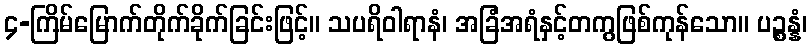
၄-ကြိမ်မြောက်တိုက်ခိုက်ခြင်းဖြင့်။ သပရိဝါရာနံ၊ အခြံအရံနှင့်တကွဖြစ်ကုန်သော။ ပဉ္စန္နံ၊